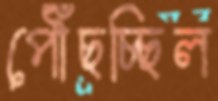
পৌঁছচ্ছিল